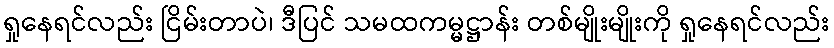
ရှုနေရင်လည်း ငြိမ်းတာပဲ၊ ဒီပြင် သမထကမ္မဋ္ဌာန်း တစ်မျိုးမျိုးကို ရှုနေရင်လည်း